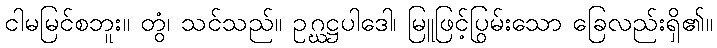
ငါမမြင်စဘူး။ တွံ၊ သင်သည်။ ဥဂ္ဃဋ္ဌပါဒေါ၊ မြူဖြင့်ပြွမ်းသော ခြေလည်းရှိ၏။